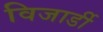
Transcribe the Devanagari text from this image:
विजार्डी